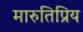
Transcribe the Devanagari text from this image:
मारुतिप्रिय